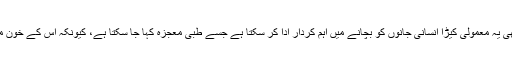
اسی طرح پیوند کاری اور سرجری کے بعد بھی یہ معمولی کیڑا انسانی جانوں کو بچانے میں اہم کردار ادا کر سکتا ہے جسے طبی معجزہ کہا جا سکتا ہے، کیونکہ اس کے خون میں آکسیجن کی بہت بڑی مقدار پائی جاتی ہے۔